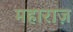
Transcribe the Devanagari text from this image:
महाराज़